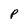
Character: p